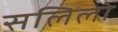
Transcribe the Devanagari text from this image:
सलिलो